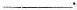
___.